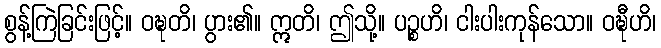
စွန့်ကြဲခြင်းဖြင့်။ ဝဍ္ဎတိ၊ ပွား၏။ ဣတိ၊ ဤသို့။ ပဉ္စဟိ၊ ငါးပါးကုန်သော။ ဝဍ္ဎီဟိ၊